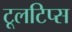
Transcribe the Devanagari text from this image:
टूलटिप्स